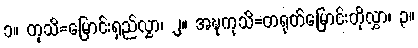
၁။ ကုသိ=မြောင်းရှည်လွှာ၊ ၂။ အဍ္ဎကုသိ=တရုတ်မြောင်းတိုလွှာ၊ ၃။